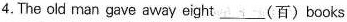
4.The old man gave away eight ___(百) books